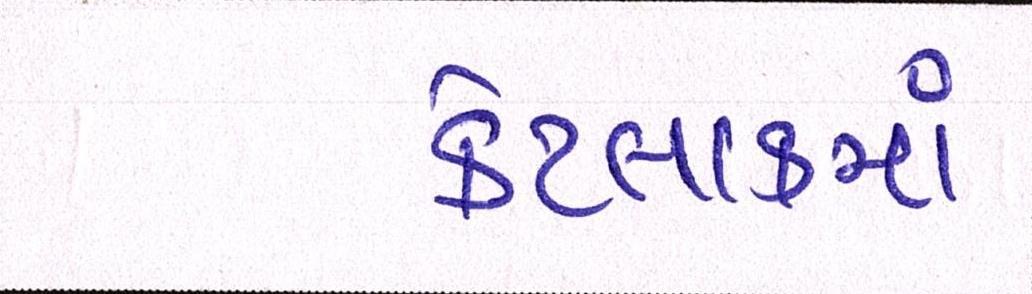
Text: કેટલાકમાં